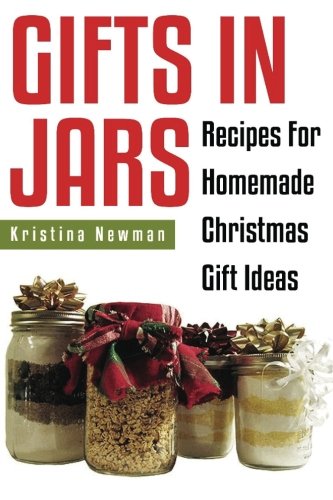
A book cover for Gifts in Jars:  Recipes For Homemade Christmas Gift Ideas; Kristina Newman; Cookbooks, Food & Wine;